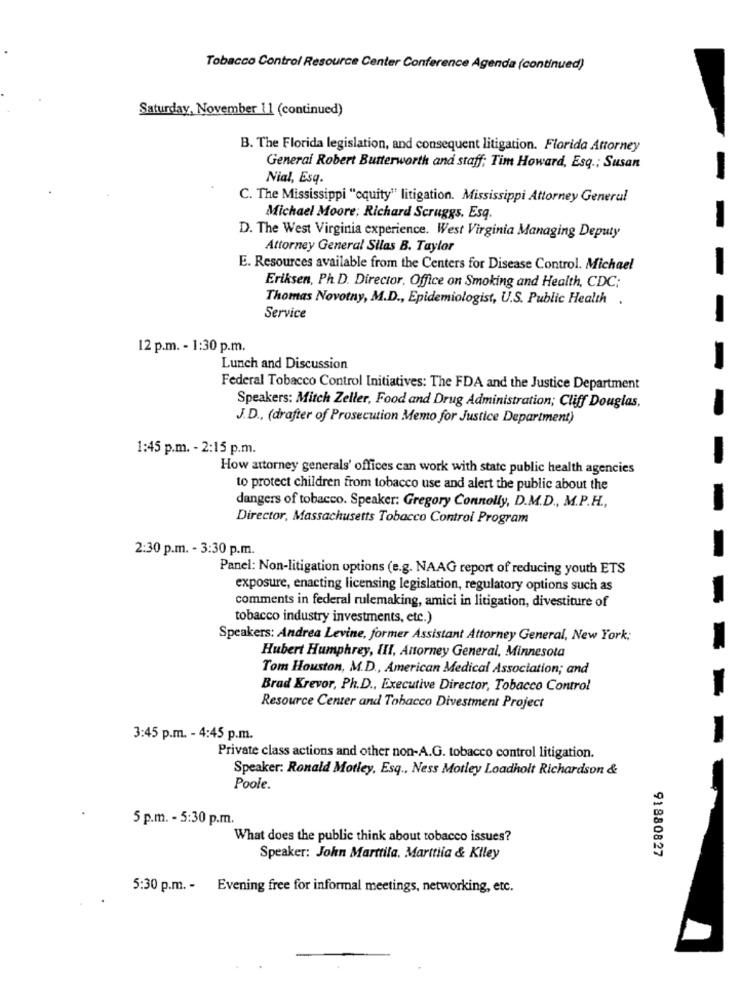
Tobacco Control Resource Center Conference Agenda (continued)
Saturday, November 11 (continued)
B. The Florida legislation, and consequent litigation. Florida Attorney
General Robert Butterworth and staff; Tim Howard, Esq .; Susan
Nial, Esq.
C. The Mississippi "cquity" litigation. Mississippi Attorney General
Michael Moore; Richard Scruggs, Esq.
D. The West Virginia experience. West Virginia Managing Deputy
Attorney General Silas B. Taylor
E. Resources available from the Centers for Disease Control. Michael
Eriksen, Ph. D. Director, Office on Smoking and Health, CDC;
Thomas Novotny, M.D ., Epidemiologist, U.S. Public Health .
Service
12 p.m. - 1:30 p.m.
Lunch and Discussion
Federal Tobacco Control Initiatives: The FDA and the Justice Department
Speakers: Mitch Zeller, Food and Drug Administration; Cliff Douglas,
J.D ., (drafter of Prosecution Memo for Justice Department)
1:45 p.m. - 2:15 p.m.
How attorney generals' offices can work with state public health agencies
to protect children from tobacco use and alert the public about the
dangers of tobacco. Speaker: Gregory Connolly, D.M.D ., M.P.H .,
Director, Massachusetts Tobacco Control Program
2:30 p.m. - 3:30 p.m.
Panel: Non-litigation options (e.g. NAAG report of reducing youth ETS
exposure, enacting licensing legislation, regulatory options such as
comments in federal rulemaking, amici in litigation, divestiture of
tobacco industry investments, etc.)
Speakers: Andrea Levine, former Assistant Attorney General, New York;
Hubert Humphrey, III, Attorney General, Minnesota
Tom Houston, M.D ., American Medical Association; and
Brad Krevor, Ph.D ., Executive Director, Tobacco Control
Resource Center and Tobacco Divestment Project
3:45 p.m. - 4:45 p.m.
Private class actions and other non-A.G. tobacco control litigation.
Speaker: Ronald Motley, Esq .. Ness Motley Loadholt Richardson &
Poole.
5 p.m. - 5:30 p.m.
What does the public think about tobacco issues?
91880827
Speaker: John Marttila. Marttila & Kiley
5:30 p.m. - Evening free for informal meetings, networking, etc.